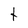
Character: t